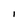
Character: I